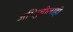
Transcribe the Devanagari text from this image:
अभिरुचीलाही